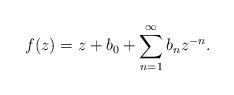
LaTeX: \begin{align*} f(z)=z+b_0+\sum_{n=1}^{\infty}b_n z^{-n}.\end{align*}